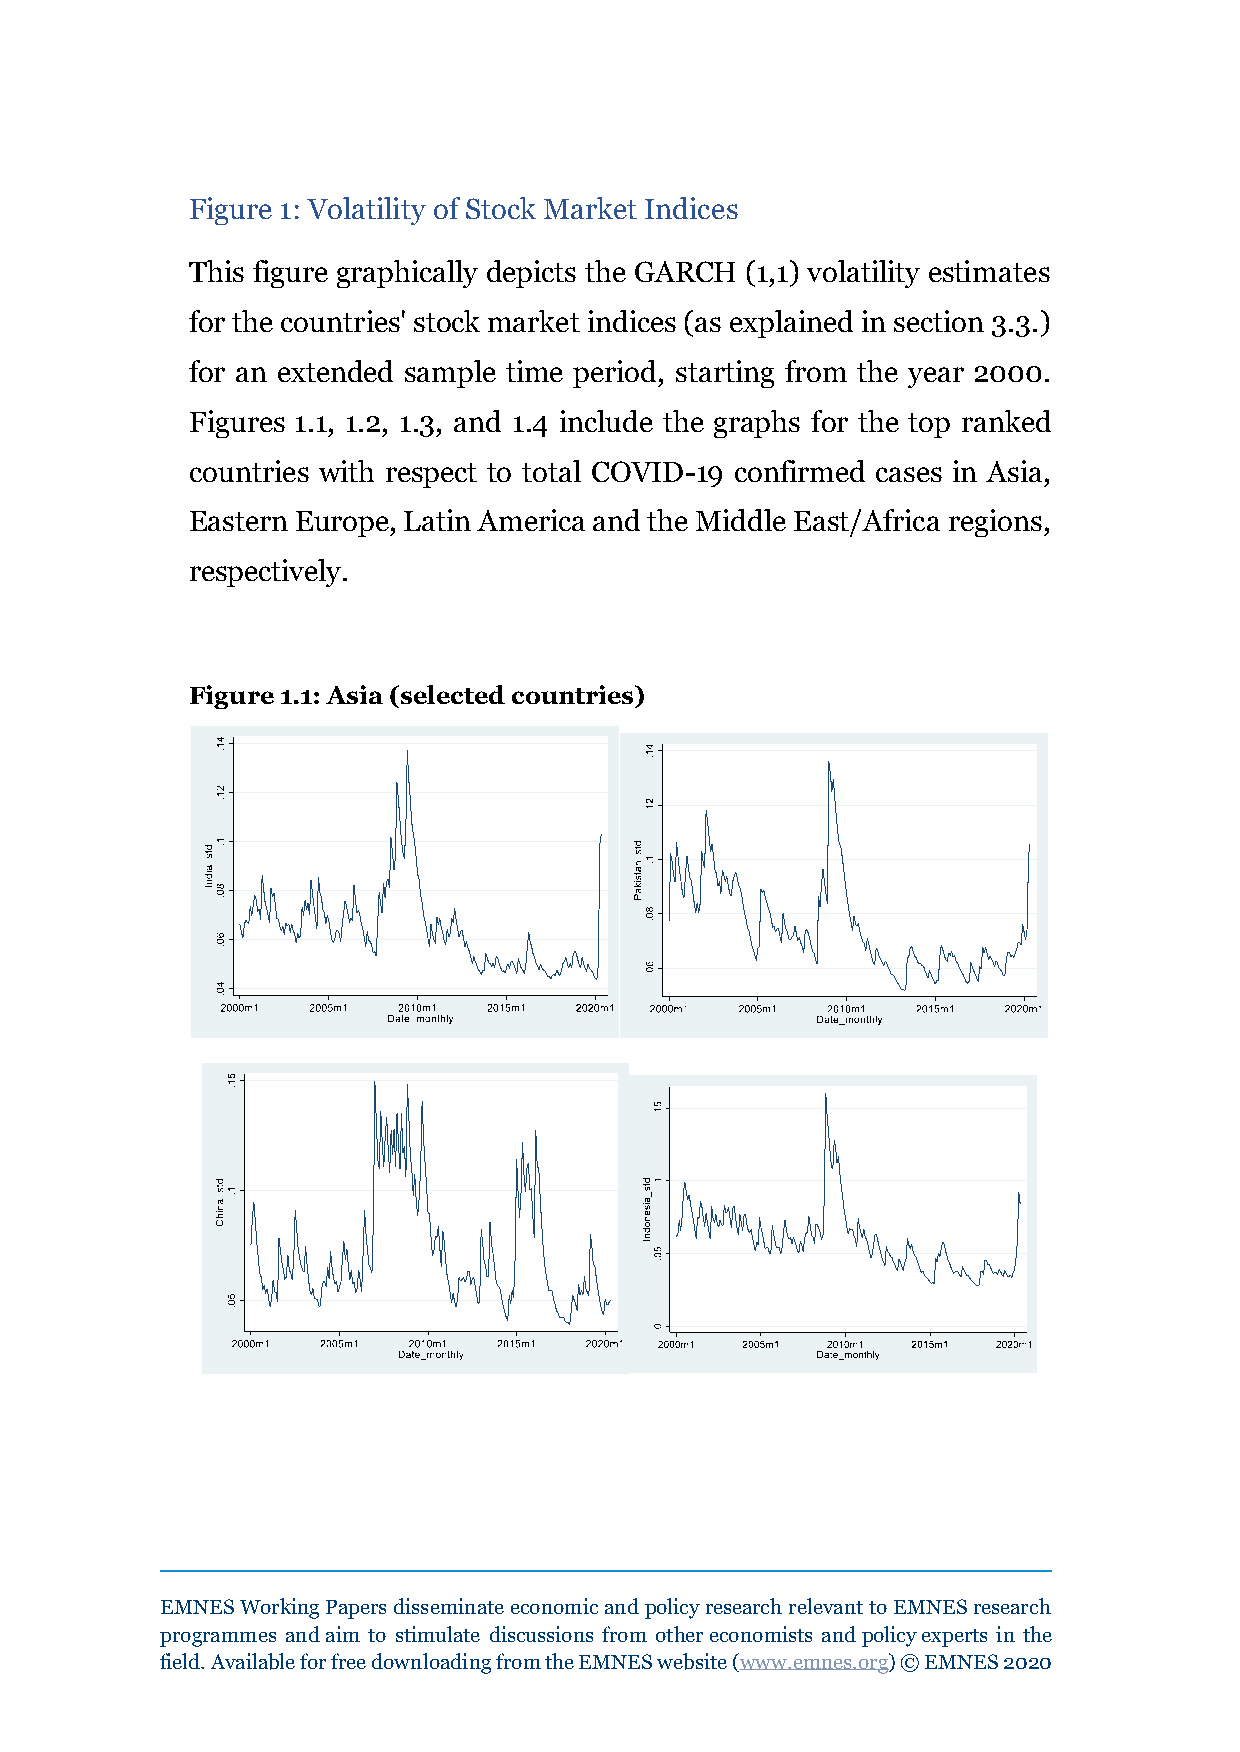
Figure 1: Volatility of Stock Market Indices
 This figure graphically depicts the GARCH (1,1) volatility estimates
 for the countries' stock market indices (as explained in section 3.3.)
 for an extended sample time period, starting from the year 2000.
 Figures 1.1, 1.2, 1.3, and 1.4 include the graphs for the top ranked
 countries with respect to total COVID-19 confirmed cases in Asia,
 Eastern Europe, Latin America and the Middle East/Africa regions,
 respectively.
 Figure 1.1: Asia (selected countries)
 EMNES Working Papers disseminate economic and policy research relevant to EMNES research
 programmes and aim to stimulate discussions from other economists and policy experts in the
 field. Available for free downloading from the EMNES website (www.emnes.org) © EMNES 2020